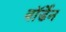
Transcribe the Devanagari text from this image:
वाॅर्डेन